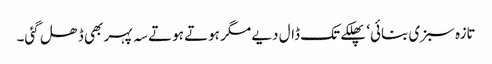
تازہ سبزی بنائی‘ پھلکے تک ڈال دیے مگر ہوتے ہوتے سہ پہر بھی ڈھل گئی۔